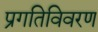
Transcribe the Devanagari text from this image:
प्रगतिविवरण